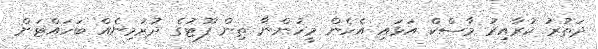
ދަތުރު ކުރާއިރު މާސްކް އަޅައި އެހެން މީހުންނާ ތިން ފޫޓުގެ ދުރުމިނެއް ބަހައްޓަން